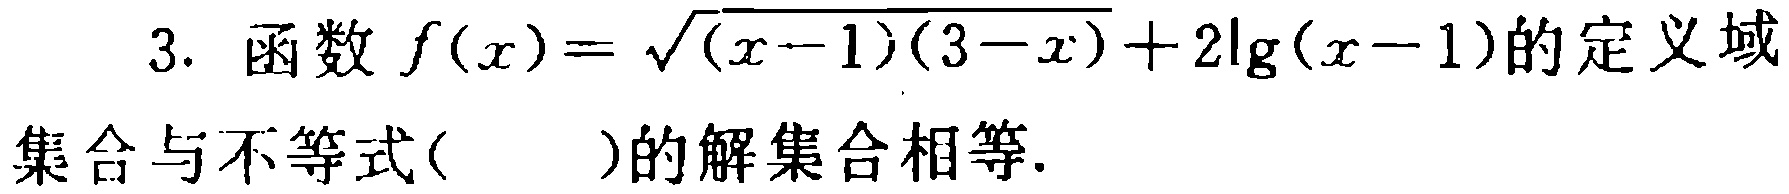
3. 函数$f(x)=\sqrt{(x - 1)(3 - x)}+2\lg(x - 1)$的定义域

集合与不等式( )的解集合相等.